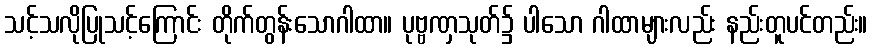
သင့်သလိုပြုသင့်ကြောင်း တိုက်တွန်းသောဂါထာ။ ပုဗ္ဗဏှသုတ်၌ ပါသော ဂါထာများလည်း နည်းတူပင်တည်း။